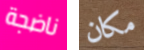
ناضجة مكان